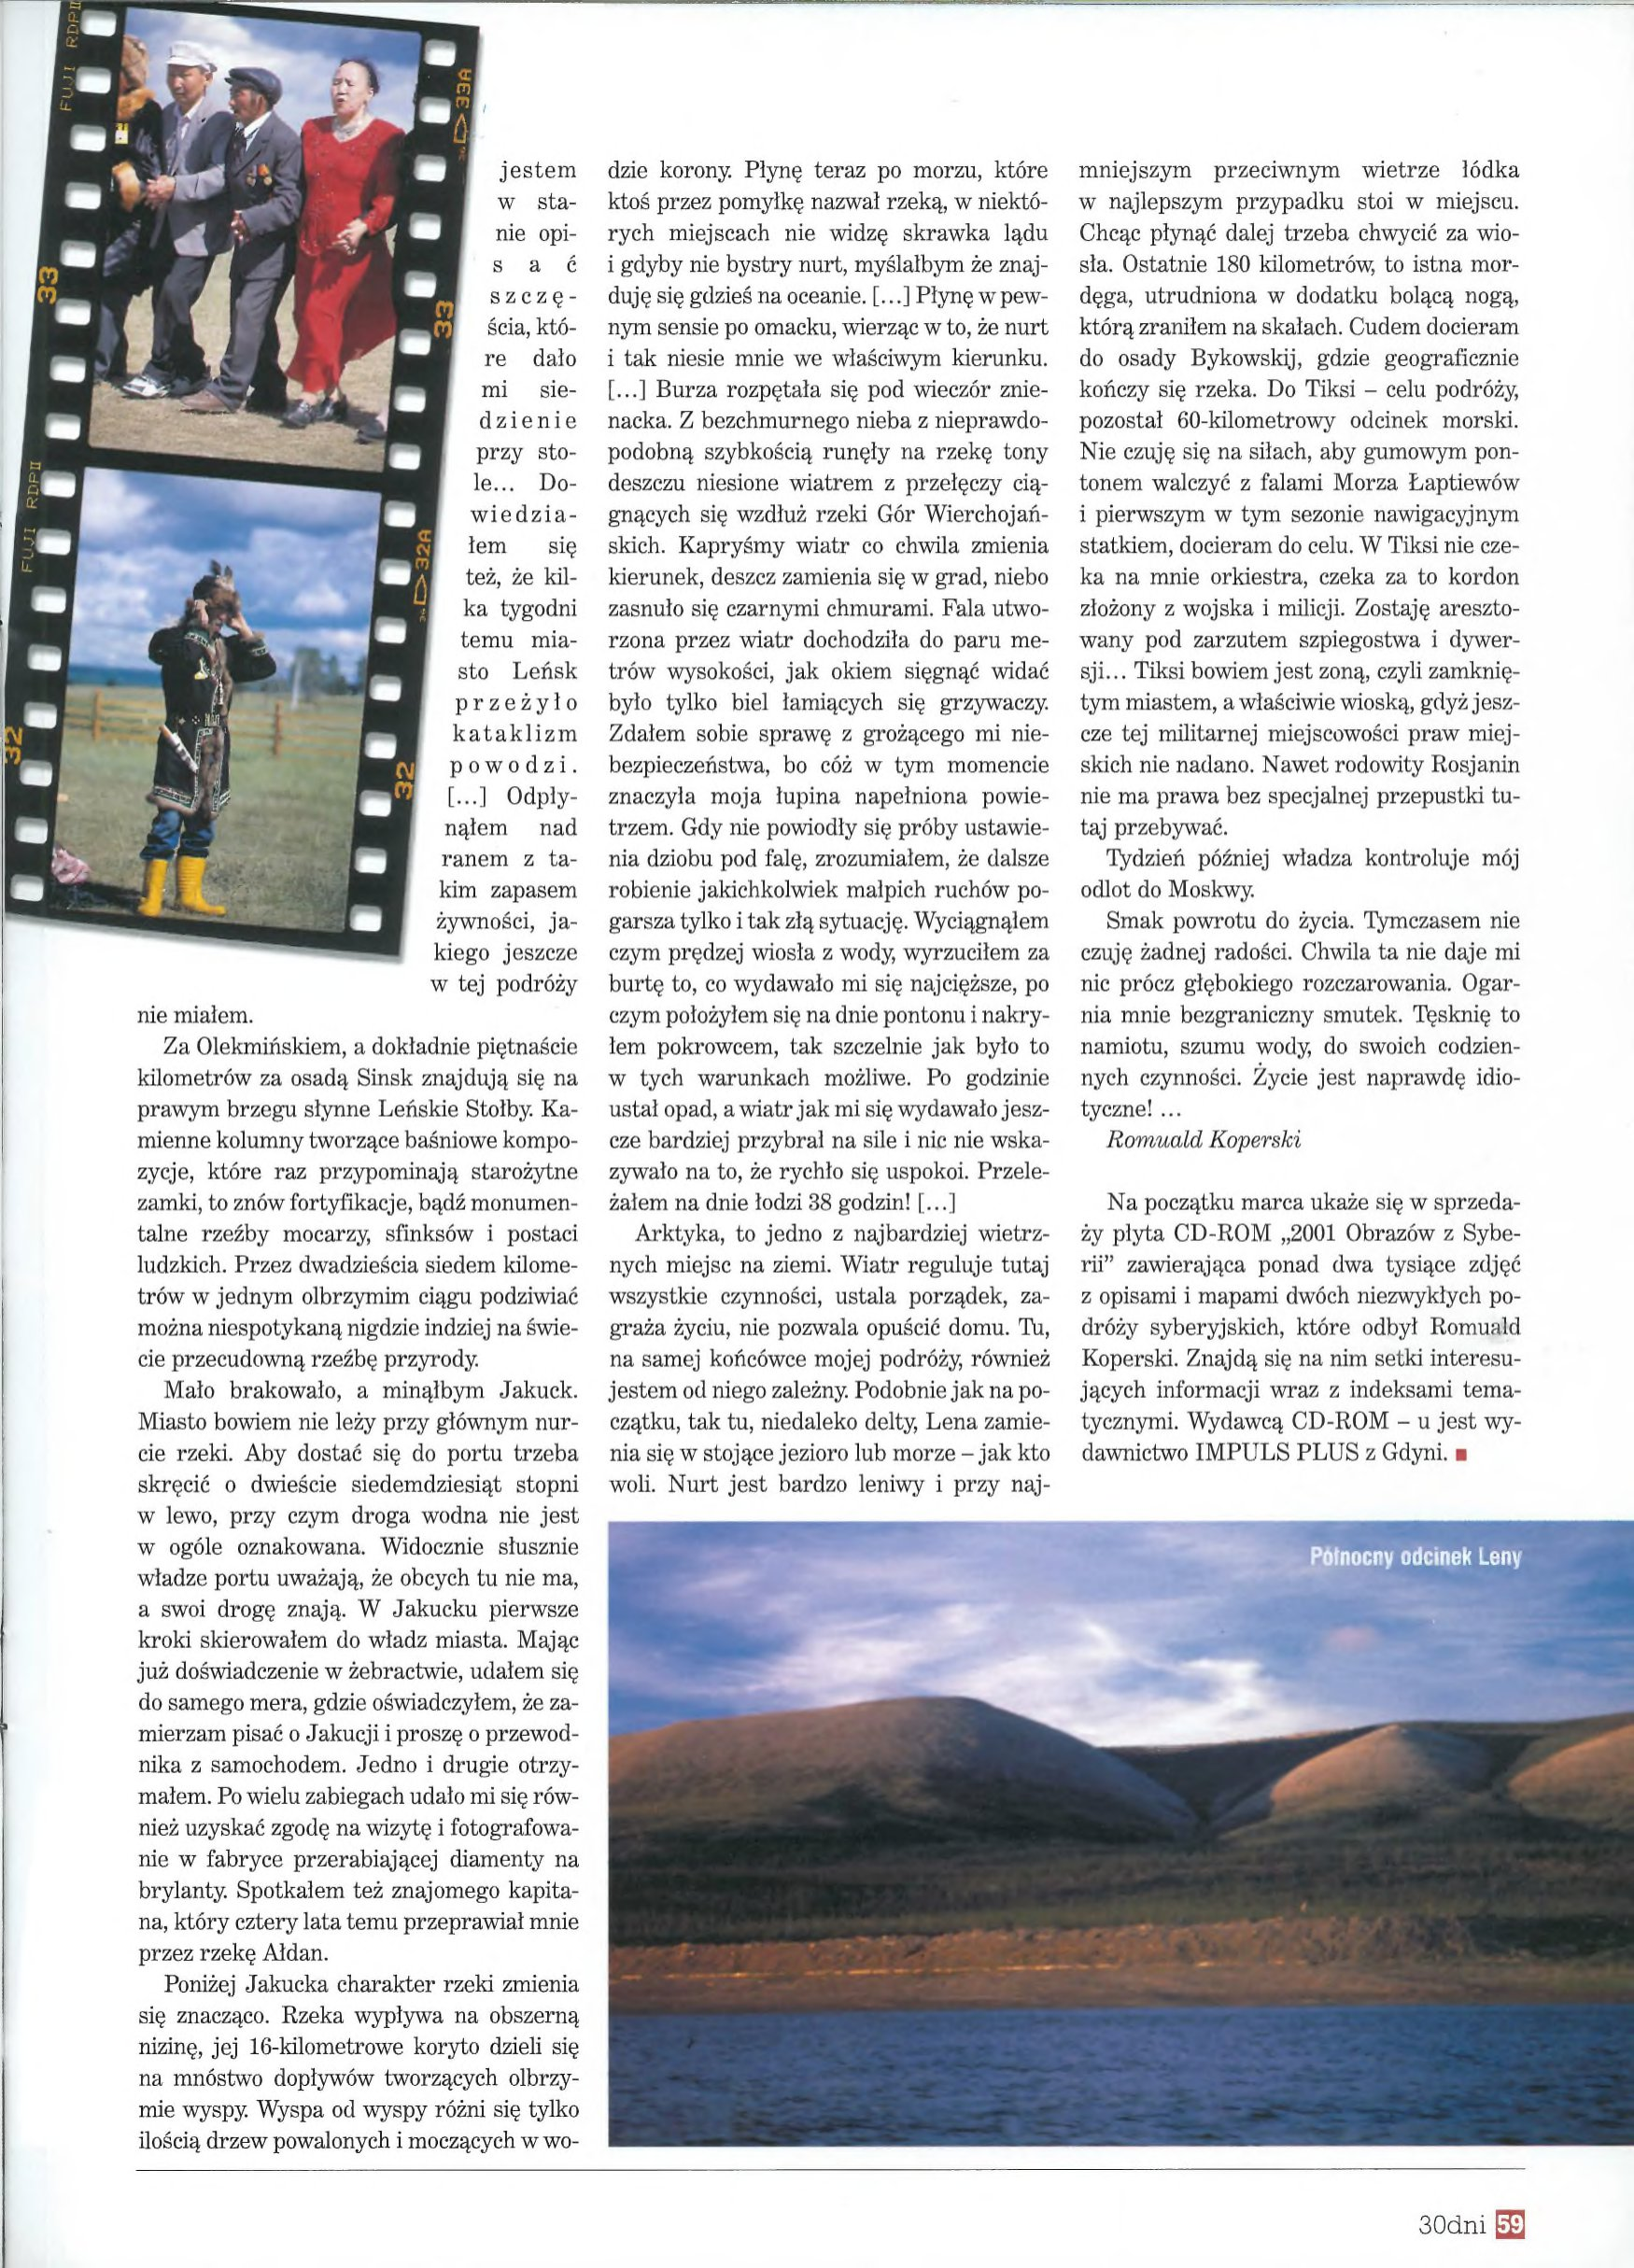
Language: pl